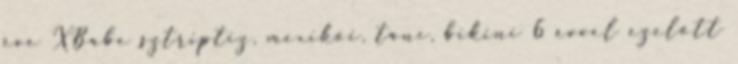
éve XBabe sztriptiz, mexikói, tánc, bikini 6 évvel ezelőtt